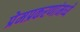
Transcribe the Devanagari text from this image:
प्रेमप्रकरणांमध्ये